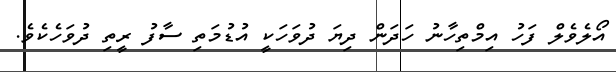
އޯލެވެލް ފަހު އިމްތިހާނު ހަދަން ދިޔަ ދުވަހަކީ އުޑުމަތި ސާފު ރީތި ދުވަހެކެވެ.